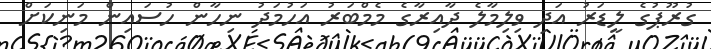
ގުރޫޕުގެ ލީޑަރު އަދި ވިލިމާލެ ދާއިރާގެ މެމްބަރު އަހުމަދު ނިހާން ހުސައިން މަނިކަށް